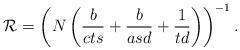
LaTeX: \begin{align*} \mathcal{R} = \left( N\left(\frac{b}{cts}+\frac{b}{asd}+ \frac{1}{td}\right) \right)^{-1} . \end{align*}